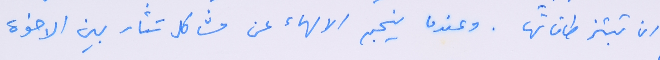
ان تبتز طاقاتها. وعندما ينجم الالهاء عن مشاكل تثار بين الاخوة